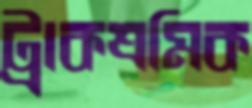
ট্রাকশ্রমিক